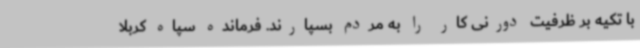
با تکیه بر ظرفیت دورنی کار را به مردم بسپارند. فرمانده سپاه کربلا